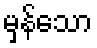
မှန်သော